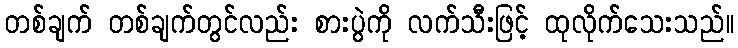
တစ်ချက် တစ်ချက်တွင်လည်း စားပွဲကို လက်သီးဖြင့် ထုလိုက်သေးသည်။